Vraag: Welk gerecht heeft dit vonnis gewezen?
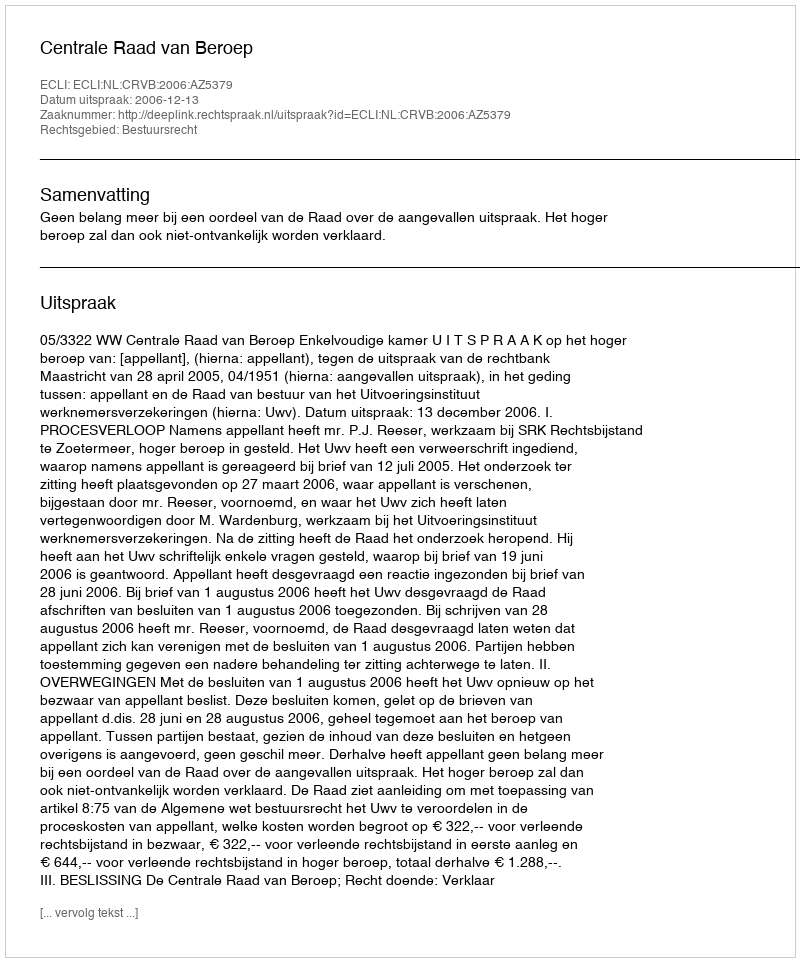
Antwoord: Centrale Raad van Beroep